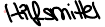
Hilfsmittel